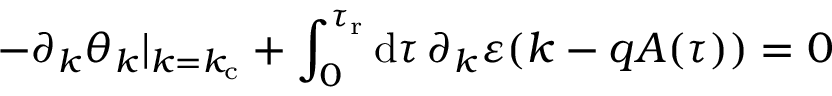
- \partial _ { k } \theta _ { k } \vert _ { k = k _ { \mathrm { c } } } + \int _ { 0 } ^ { \tau _ { \mathrm { r } } } \mathrm { d } \tau \, \partial _ { k } \varepsilon ( k - q A ( \tau ) ) = 0